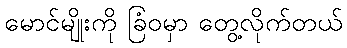
မောင်မျိုးကို ခြံဝမှာ တွေ့လိုက်တယ်